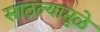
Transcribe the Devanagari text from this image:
साठल्यामुळे